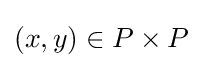
(x,y)\in P\times P